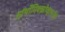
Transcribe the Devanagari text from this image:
ऑर्थोमिक्झोव्हायरीडे